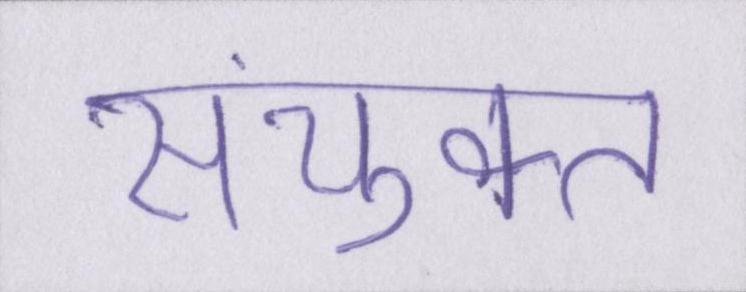
संयुक्त